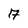
Character: 7